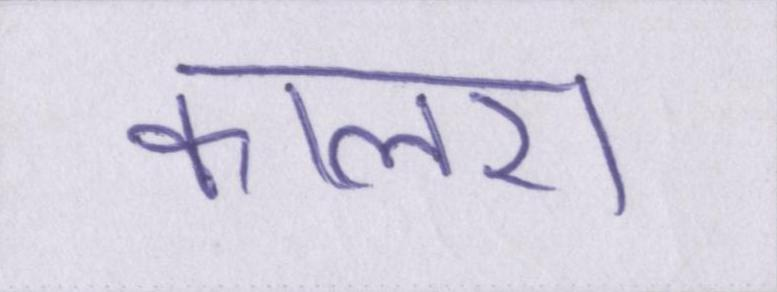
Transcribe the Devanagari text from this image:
कालरा